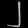
Digit: ၂